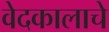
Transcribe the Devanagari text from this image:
वेदकालाचे